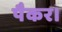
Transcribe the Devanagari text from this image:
पैकर।